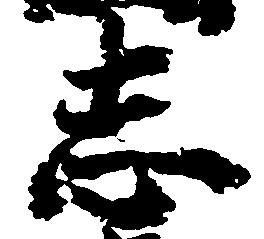
志